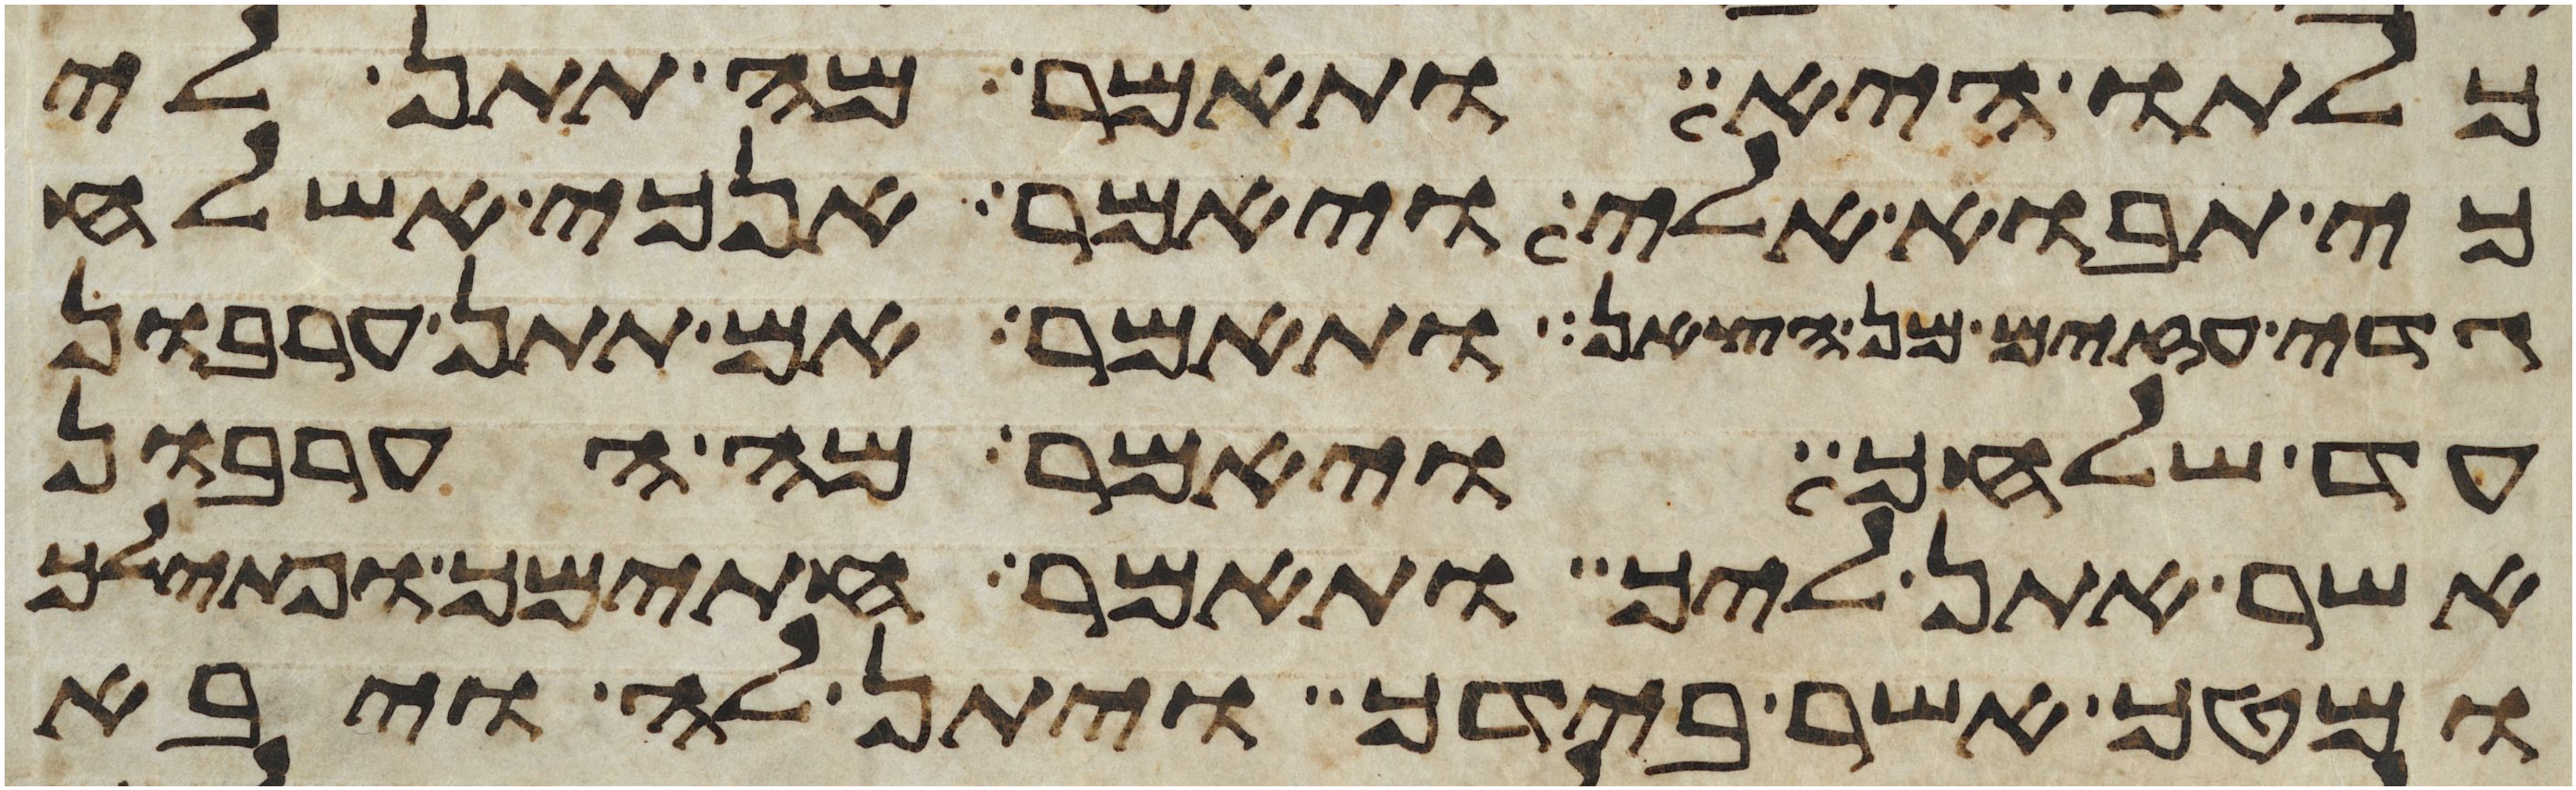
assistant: כלתו היא ותאמר מה תתן לי
כי תבוא אלי ויאמר אנכי אשלח
גדי עזים מן הצאן ותאמר אם תתן ערבון
עד שלחך ויאמר מה הערבון
אשר אתן ליך ותאמר חתימך ופתילך
ומטך אשר בידך ויתן לה ויבא